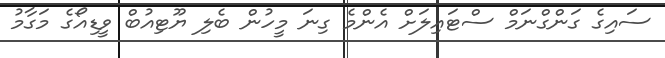
ސައިގެ ގަންގްނަމް ސްޓައިލަށް އެންމެ ގިނަ މީހުން ބެލި ޔޫޓިއުބް ވީޑިއޯގެ މަގާމު